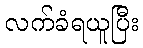
လက်ခံရယူပြီး